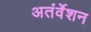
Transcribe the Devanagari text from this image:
अतंर्वेशन